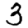
Digit: 3